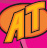
AT